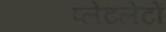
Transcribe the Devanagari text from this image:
प्‍लेटलेटों